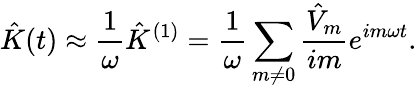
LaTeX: \hat{K}(t)\approx\frac{1}{\omega}\hat{K}^{(1)}=\frac{1}{\omega}\sum_{m\neq 0}\frac{\hat{V}_{m}}{im}e^{im\omega t}.